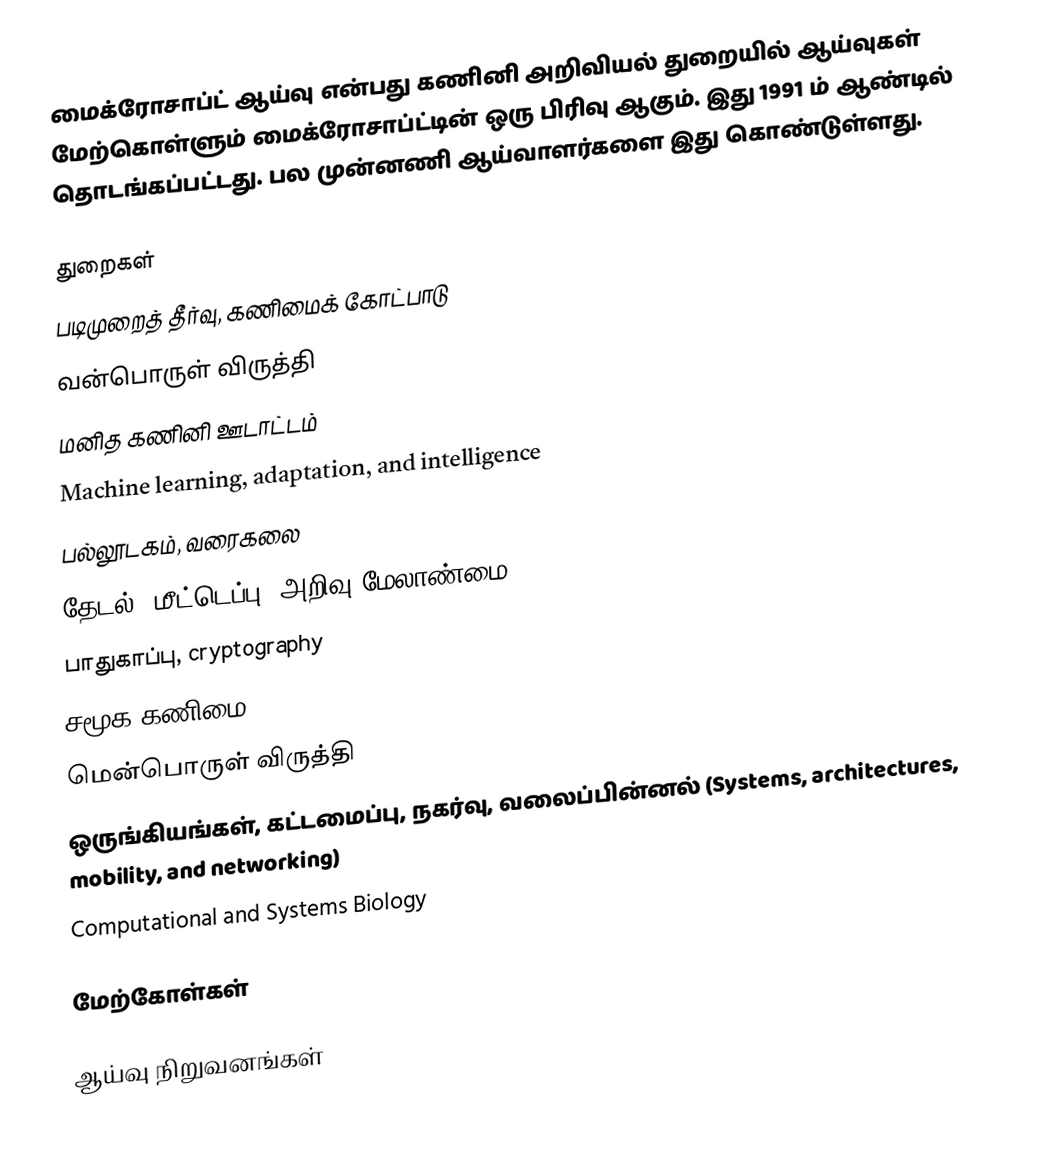
மைக்ரோசாப்ட் ஆய்வு என்பது கணினி அறிவியல் துறையில் ஆய்வுகள் மேற்கொள்ளும் மைக்ரோசாப்ட்டின் ஒரு பிரிவு ஆகும்.  இது 1991 ம் ஆண்டில் தொடங்கப்பட்டது.  பல முன்னணி ஆய்வாளர்களை இது கொண்டுள்ளது.

துறைகள்
 படிமுறைத் தீர்வு, கணிமைக் கோட்பாடு
 வன்பொருள் விருத்தி
 மனித கணினி ஊடாட்டம்
 Machine learning, adaptation, and intelligence
 பல்லூடகம், வரைகலை
 தேடல், மீட்டெப்பு, அறிவு மேலாண்மை
 பாதுகாப்பு, cryptography
 சமூக கணிமை
 மென்பொருள் விருத்தி
 ஒருங்கியங்கள், கட்டமைப்பு, நகர்வு, வலைப்பின்னல் (Systems, architectures, mobility, and networking)
 Computational and Systems Biology

மேற்கோள்கள்

ஆய்வு நிறுவனங்கள்